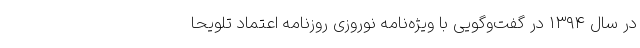
در سال ۱۳۹۴ در گفت‌وگویی با ویژه‌نامه نوروزی روزنامه اعتماد تلویحا